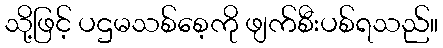
သို့ဖြင့် ပဌမသစ်စေ့ကို ဖျက်စီးပစ်ရသည်။